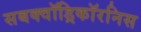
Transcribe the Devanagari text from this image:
सबक्वॉड्रिकॉरनिस